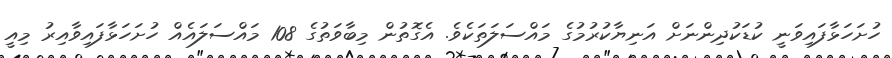
ހުށަހަޅާފައިވަނީ ކުޑަކުދިންނަށް އަނިޔާކުރުމުގެ މައްސަލަތަކެވެ. އެގޮތުން މިބާވަތުގެ 108 މައްސަލައެއް ހުށަަހަޅާފައިވާއިރު މިއީ